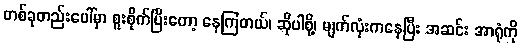
တစ်ခုတည်းပေါ်မှာ စူးစိုက်ပြီးတော့ နေကြတယ်၊ ဆိုပါစို့၊ မျက်လုံးကနေပြီး အဆင်း အာရုံကို